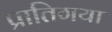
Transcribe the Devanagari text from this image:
प्रातिगया